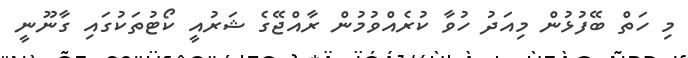
މި ހަތް ބޭފުޅުން މިއަދު ހުވާ ކުރެއްވުމުން ރާއްޖޭގެ ޝަރުއީ ކޯޓުތަކުގައި ގާނޫނީ